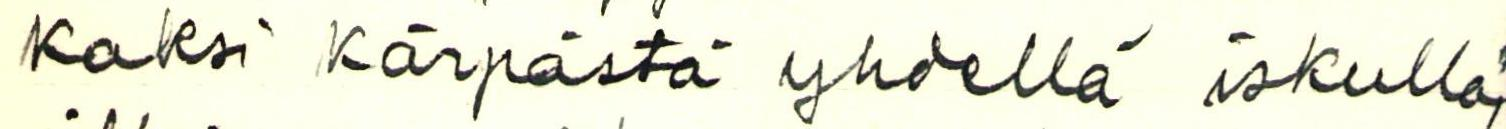
Kaksi Kärpästä yhdellä iskulla,